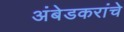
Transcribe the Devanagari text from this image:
अंबेडकरांचे